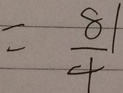
= \frac { 8 1 } { 4 }